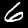
Label: 6